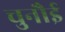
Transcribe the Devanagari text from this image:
चुनौई